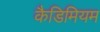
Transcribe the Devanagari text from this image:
कैडिमियम